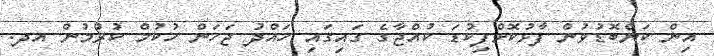
އިން ކަންބޮޑުވުން ފާޅުކޮށްފިކުޑަ ކުއްޖާގެ ގައިގައި ހައްދު ޖަހަން ހުކުމް ކުރުމުން އދ.